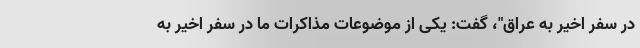
در سفر اخیر به عراق"، گفت: یکی از موضوعات مذاکرات ما در سفر اخیر به